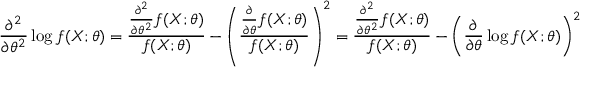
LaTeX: { \frac { \partial ^ { 2 } } { \partial \theta ^ { 2 } } } \log f ( X ; \theta ) = { \frac { { \frac { \partial ^ { 2 } } { \partial \theta ^ { 2 } } } f ( X ; \theta ) } { f ( X ; \theta ) } } - \left( { \frac { { \frac { \partial } { \partial \theta } } f ( X ; \theta ) } { f ( X ; \theta ) } } \right) ^ { 2 } = { \frac { { \frac { \partial ^ { 2 } } { \partial \theta ^ { 2 } } } f ( X ; \theta ) } { f ( X ; \theta ) } } - \left( { \frac { \partial } { \partial \theta } } \log f ( X ; \theta ) \right) ^ { 2 }